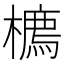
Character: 𪴇